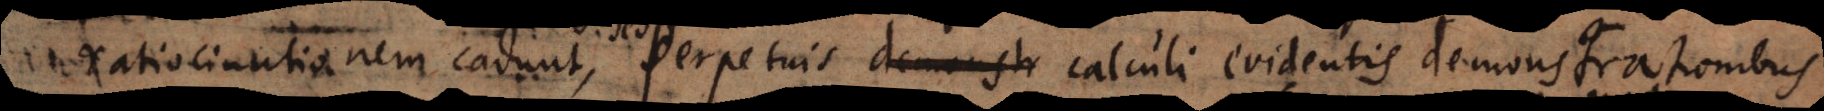
ratiocinationem cadunt, perpetuis calculi evidentis demonstrationibus